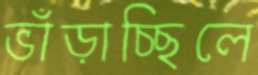
ভাঁড়াচ্ছিলে